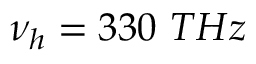
\nu _ { h } = 3 3 0 ~ T H z